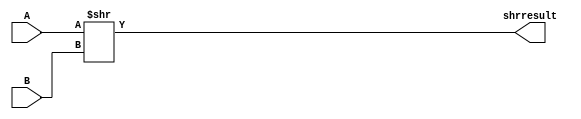
module SHR(

input [31:0] A, B,
output reg [31:0] shrresult

);

always @(A or B)
	begin
		shrresult = A >> B; //Not sure why I need to include reg there, it gave me error before on only this module
	end
endmodule